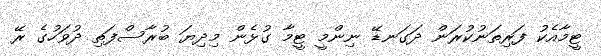
ޓީމާއެކު ފަރިތަނުކުރަން ދަގަނޑޭ ނިންމީ ޓީމާ ގުޅެން މިދިޔަ ބުރާސްފަތި ދުވަހުގެ ރޭ